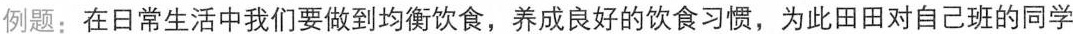
例题：在日常生活中我们要做到均衡饮食，养成良好的饮食习惯，为此田田对自己班的同学